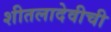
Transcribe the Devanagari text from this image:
शीतलादेवीची